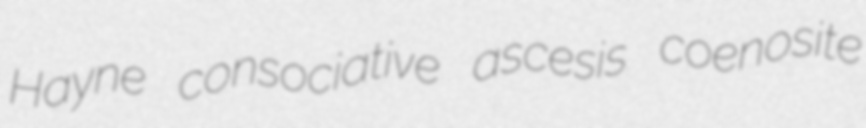
Hayne consociative ascesis coenosite